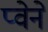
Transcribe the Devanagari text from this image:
प्वेने